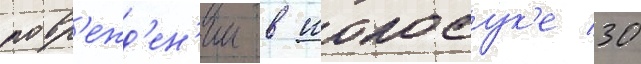
повр'ежд'ен'ии в иокосук'е 30